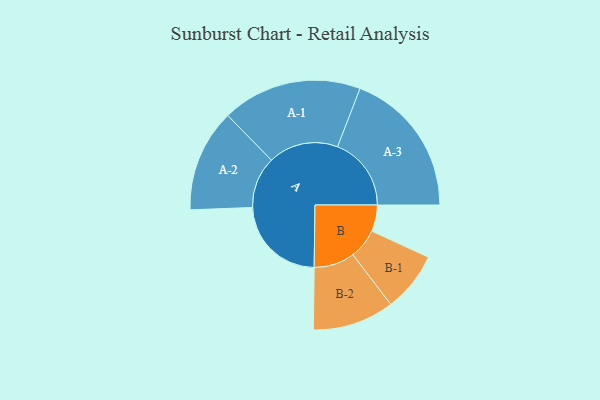
{"axis": {"x": "Segment", "y": "Value"}, "legend": ["", "A", "B"], "data": [{"x": "A", "y": 370, "type": ""}, {"x": "B", "y": 105, "type": ""}, {"x": "A-1", "y": 278, "type": "A"}, {"x": "A-2", "y": 204, "type": "A"}, {"x": "A-3", "y": 293, "type": "A"}, {"x": "B-1", "y": 119, "type": "B"}, {"x": "B-2", "y": 162, "type": "B"}]}